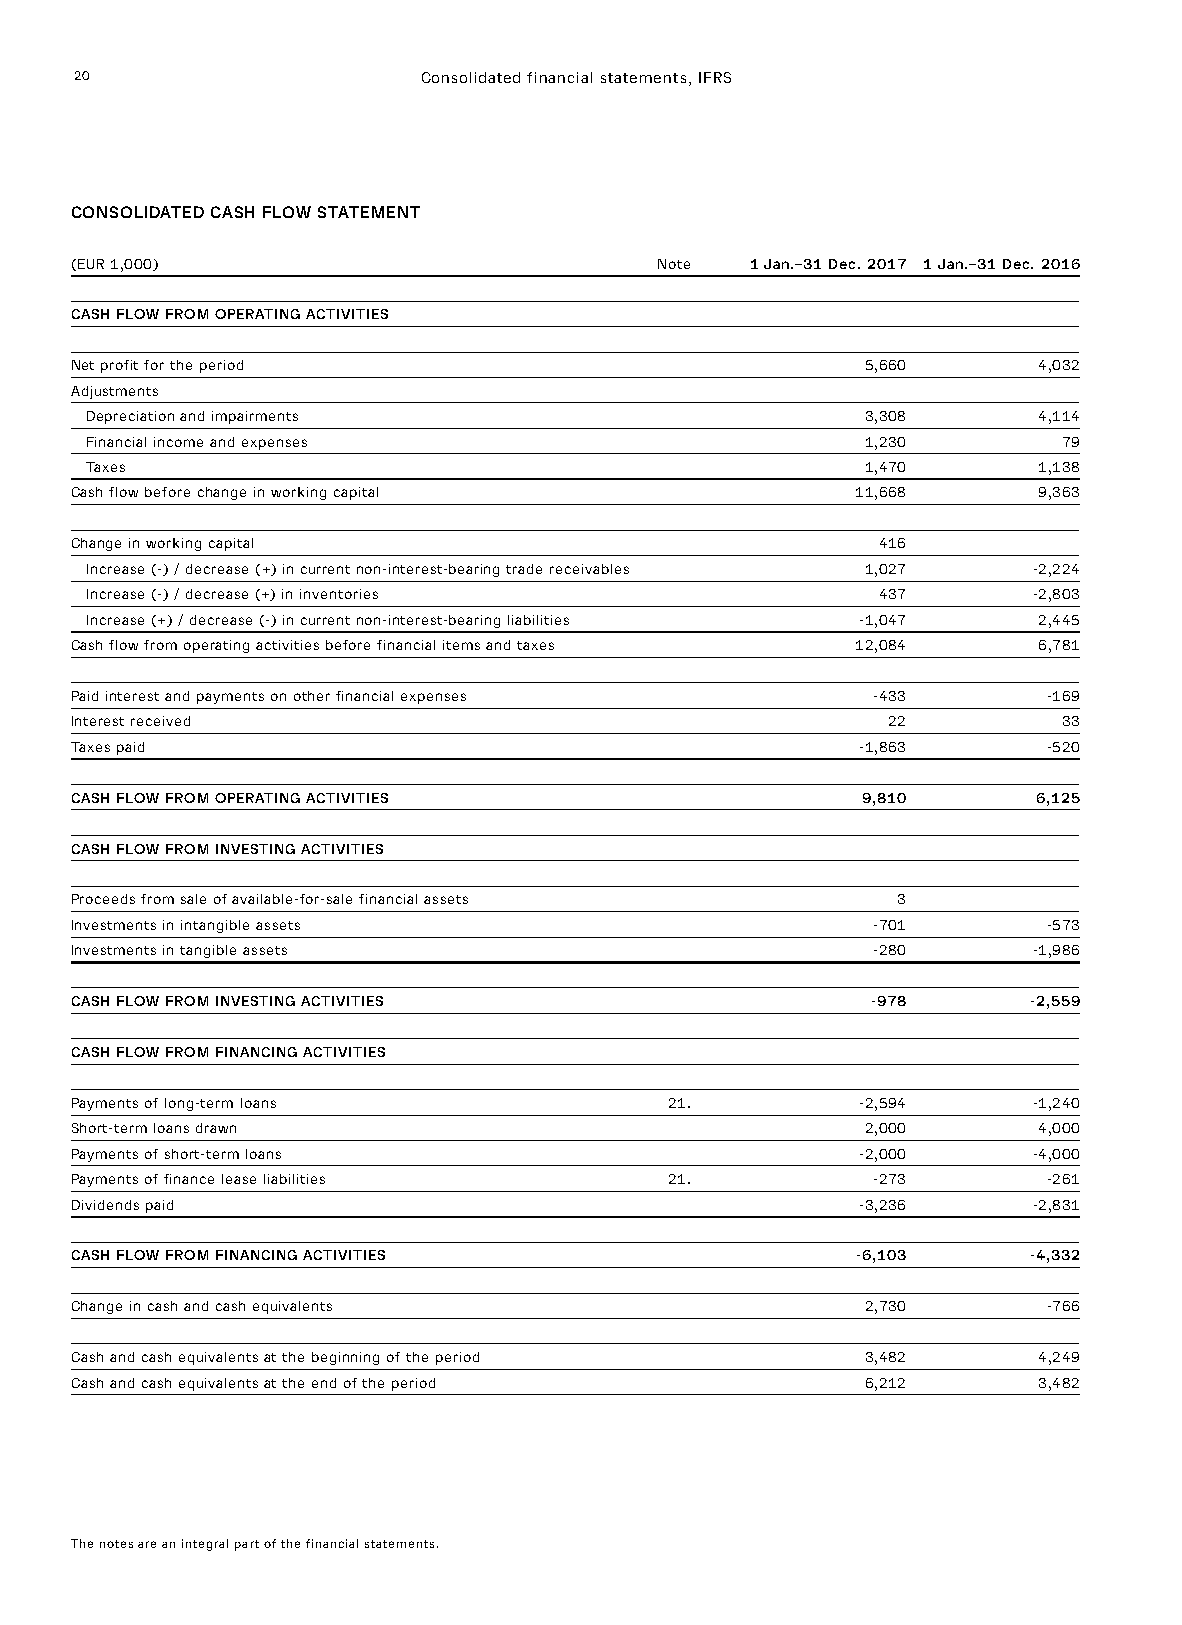
20                     Consolidated financial statements, IFRS
 CONSOLIDATED CASH FLOW STATEMENT
 (EUR 1,000)                           Note   1 Jan.–31 Dec. 2017 1 Jan.–31 Dec. 2016
 CASH FLOW FROM OPERATING ACTIVITIES
 Net profit for the period                           5,660       4,032
 Adjustments
 Depreciation and impairments                       3,308       4,114
 Financial income and expenses                      1,230        79
 Taxes                                              1,470       1,138
 Cash flow before change in working capital          11,668      9,363
 Change in working capital                            416
 Increase (-) / decrease (+) in current non-interest-bearing trade receivables 1,027 -2,224
 Increase (-) / decrease (+) in inventories          437       -2,803
 Increase (+) / decrease (-) in current non-interest-bearing liabilities -1,047 2,445
 Cash flow from operating activities before financial items and taxes 12,084 6,781
 Paid interest and payments on other financial expenses -433     -169
 Interest received                                     22         33
 Taxes paid                                          -1,863      -520
 CASH FLOW FROM OPERATING ACTIVITIES                 9,810       6,125
 CASH FLOW FROM INVESTING ACTIVITIES
 Proceeds from sale of available-for-sale financial assets 3
 Investments in intangible assets                     -701       -573
 Investments in tangible assets                       -280      -1,986
 CASH FLOW FROM INVESTING ACTIVITIES                  -978      -2,559
 CASH FLOW FROM FINANCING ACTIVITIES
 Payments of long-term loans            21.          -2,594     -1,240
 Short-term loans drawn                              2,000       4,000
 Payments of short-term loans                        -2,000     -4,000
 Payments of finance lease liabilities  21.           -273       -261
 Dividends paid                                      -3,236     -2,831
 CASH FLOW FROM FINANCING ACTIVITIES                 -6,103     -4,332
 Change in cash and cash equivalents                 2,730       -766
 Cash and cash equivalents at the beginning of the period 3,482  4,249
 Cash and cash equivalents at the end of the period  6,212       3,482
 The notes are an integral part of the financial statements.